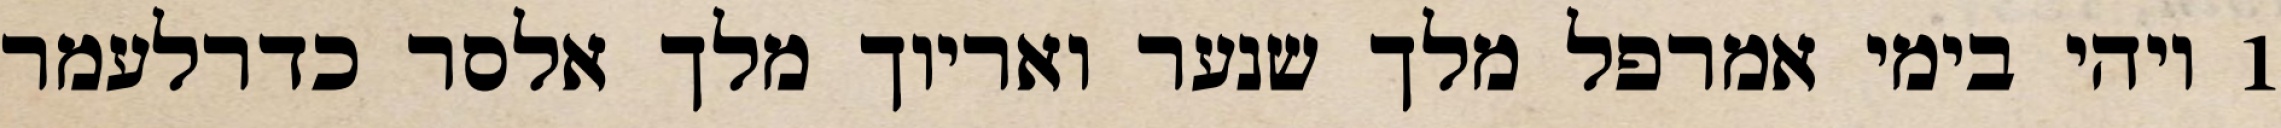
1 ויהי בימי אמרפל מלך שנער ואריוך מלך אלסר כדרלעמר